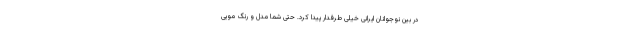
در بین نوجوانان ایرانی خیلی طرفدار پیدا کرد. حتی شما مدل و رنگ مویی